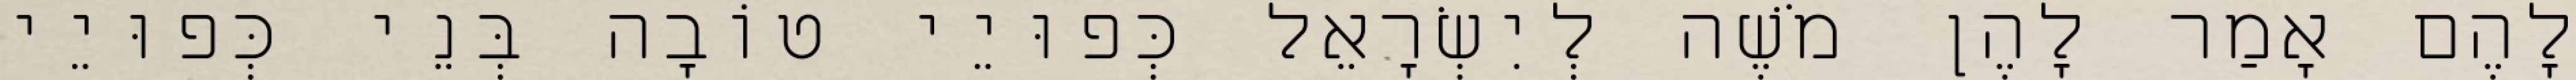
לָהֶם אָמַר לָהֶן מֹשֶׁה לְיִשְׂרָאֵל כְּפוּיֵי טוֹבָה בְּנֵי כְּפוּיֵי